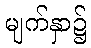
မျက်နှာ၌